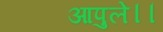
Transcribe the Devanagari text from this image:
आपुले।।